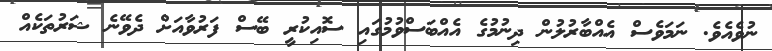
ނުވެއެވެ. ނަމަވެސް އެއްބާރުލުން ދިނުމުގެ އެއްބަސްވުމުގައި ސޮއިކުރީ ބޭސް ފަރުވާއަށް ދެވޭނެ ޝަރުތަކެއް